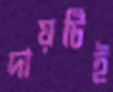
দায়টিই